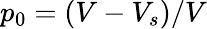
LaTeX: p_{0}=(V-V_{s})/V